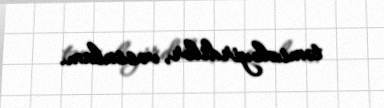
təmizləyirdilər, vəssalam.